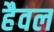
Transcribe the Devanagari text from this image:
हैवल